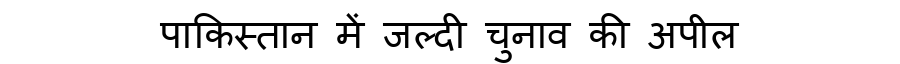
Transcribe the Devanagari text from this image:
पाकिस्तान में जल्दी चुनाव की अपील